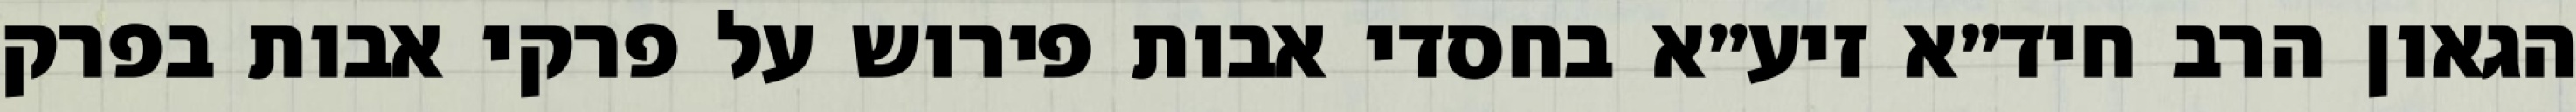
הגאון הרב חיד״א זיע״א בחסדי אבות פירוש על פרקי אבות בפרק